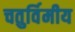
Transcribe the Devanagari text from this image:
चतुर्विमीय